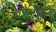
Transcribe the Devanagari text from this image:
तरेरकर